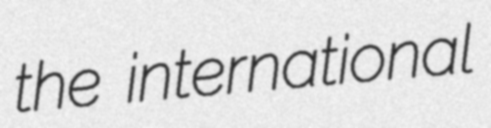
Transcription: the international